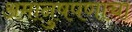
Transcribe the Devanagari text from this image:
अमानुषपणाचा